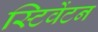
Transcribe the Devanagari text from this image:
स्टिवेंटन